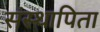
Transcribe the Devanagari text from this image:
संस्थापिता